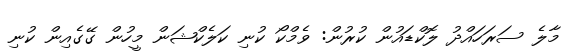
މާލެ ސަރަހައްދު ލޮކްޑައުން ކުރުން: ވެމްކޯ ކުނި ކަލެކްޝަން މީހުން ގޭގެއިން ކުނި